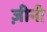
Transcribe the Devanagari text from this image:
ज़ीनी